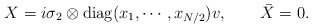
\begin{align*}X = i\sigma_{2} \otimes {\rm diag}(x_{1}, \cdots, x_{N/2}) v ,\qquad \bar{X}=0.\end{align*}